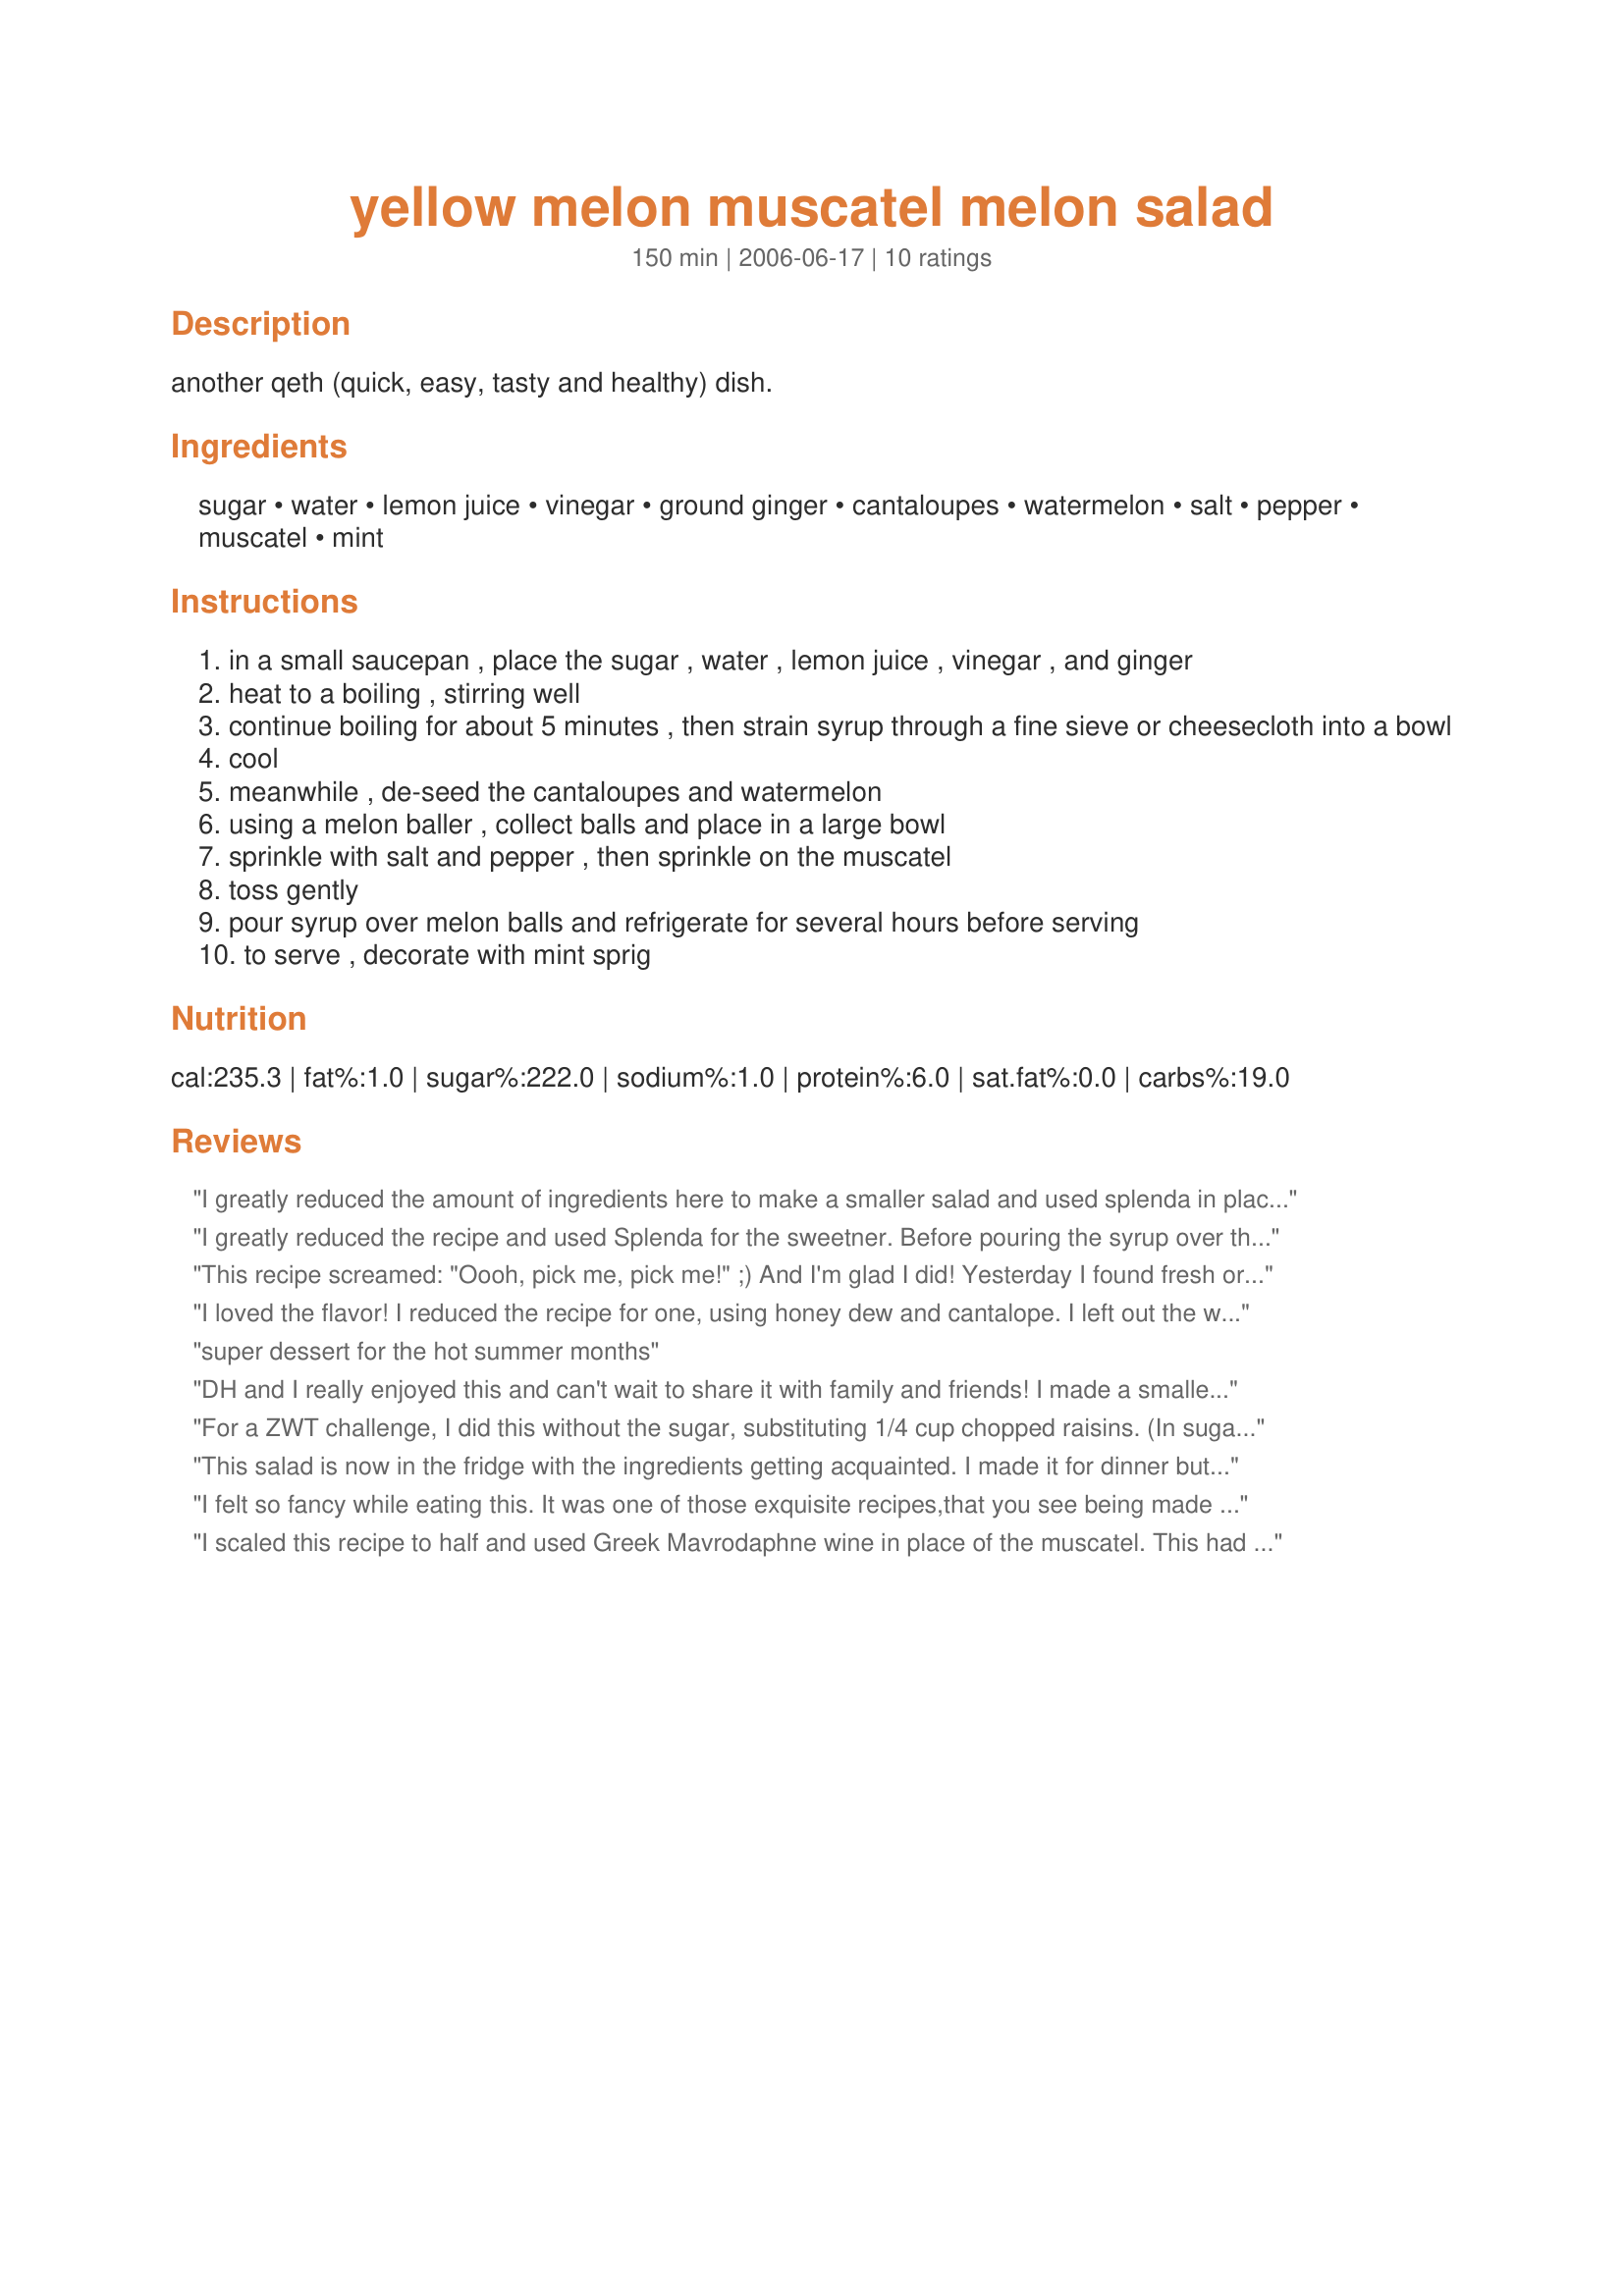
yellow melon muscatel melon salad
Preparation time: 150 minutes

another qeth (quick, easy, tasty and healthy) dish.

Ingredients:
sugar, water, lemon juice, vinegar, ground ginger, cantaloupes, watermelon, salt, pepper, muscatel, mint

Steps:
in a small saucepan , place the sugar , water , lemon juice , vinegar , and ginger
heat to a boiling , stirring well
continue boiling for about 5 minutes , then strain syrup through a fine sieve or cheesecloth into a bowl
cool
meanwhile , de-seed the cantaloupes and watermelon
using a melon baller , collect balls and place in a large bowl
sprinkle with salt and pepper , then sprinkle on the muscatel
toss gently
pour syrup over melon balls and refrigerate for several hours before serving
to serve , decorate with mint sprig

Reviews:
I greatly reduced the amount of ingredients here to make a smaller salad and used splenda in place of the sugar. I wasn't crazy about the wine, but I thought everything else was very nice. On the other hand DH loved it and rated it 5 stars. Thank you for sharing your recipe! —
I greatly reduced the recipe and used Splenda for the sweetner. Before pouring the syrup over the fruit, I quick chilled the syrup. I sprinkled some chopped mint over everything before placing in the fridge to chill. It is really a wonderful salad. Skipped the salt and pepper.
This recipe screamed: "Oooh, pick me, pick me!" ;) And I'm glad I did! Yesterday I found fresh organic yellow watermelon at the natural food store and I knew the perfect recipe would present itself. Subbed ouzo for muscatel but other than that, stayed true to the recipe. Next time I'll grab a bottle of muscatel and try it out. Thanks for posting! Reviewed for ZWT #6.
I loved the flavor! I reduced the recipe for one, using honey dew and cantalope. I left out the wine. The salt and pepper, vinegar and sugar, what a lovely mix of tastes!
super dessert for the hot summer months
DH and I really enjoyed this and can't wait to share it with family and friends! I made a smaller batch --for 2- so I nuked the syrup for 2 minutes instead of putting it on the stove. Served with recipe#428681, carrots, and recipe#135214. Thank you Galley Wench for posting. Made for Unrulies Under the Influence during ZWT6 --NA*ME.
For a ZWT challenge, I did this without the sugar, substituting 1/4 cup chopped raisins. (In sugar equivalency, this is a less than the recipe amount.) I also used 4 tbl of lemon juice, with no vinegar. Instead of balls, I cut thin slices of melon. I didn't strain the syrup, so used the raisin bits as garnish. It came out fine, but the melon by itself would have been fine, too, or just sprinkled with the wine.
This salad is now in the fridge with the ingredients getting acquainted. I made it for dinner but neglected to read " refrigerate for several hours before serving." I guess that will be my bedtime snack. Darn the luck;-)
 I sampled as I was making (Chef's License) & it was so flavorful! Thanks!
I felt so fancy while eating this. It was one of those exquisite recipes,that you see being made by a fancy chef and think you'll have to pay a lot in a five star restaurant. It was simple to make and while I thought the syrup will be too sweet,it worked out just fine since the cantaloupe wasn't on the sweet side. Left the wine out for DDs,I sprinkled some red wine on mine and it was fine with or without.Made for ZWT6.
I scaled this recipe to half and used Greek Mavrodaphne wine in place of the muscatel. This had really nice flavour - with a great sweet/tart thing going on. The Mavrodaphne gave a nice muskiness to it.
